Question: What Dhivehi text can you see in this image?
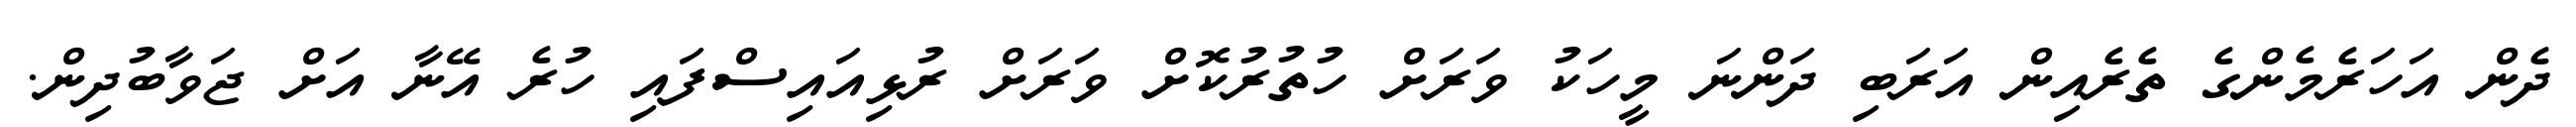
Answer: ދެން އަހަރެމެންގެ ތެރެއިން އަރަބި ދަންނަ މީހަކު ވަރަށް ހުތުރުކޮށް ވަރަށް ރުޅިއައިސްފައި ހުރެ އޭނާ އަށް ޖަވާބުދިން.